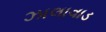
ઝાલાવાડ